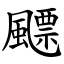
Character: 飃